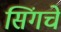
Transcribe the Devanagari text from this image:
सिंगचे